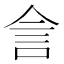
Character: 𬾕